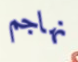
نهاجم